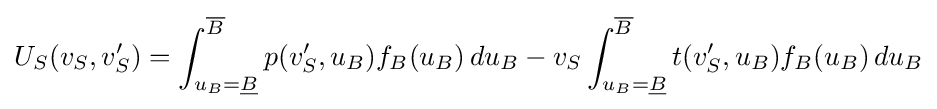
U_{S}(v_{S},v'_{S})=\int _{u_{B}={\underline {B}}}^{\overline {B}}p(v'_{S},u_{B})f_{B}(u_{B})\,du_{B}-v_{S}\int _{u_{B}={\underline {B}}}^{\overline {B}}t(v'_{S},u_{B})f_{B}(u_{B})\,du_{B}